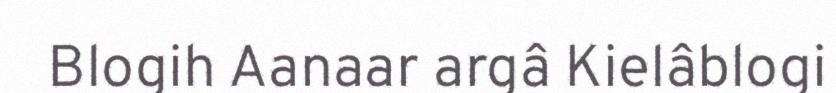
Blogih Aanaar argâ Kielâblogi